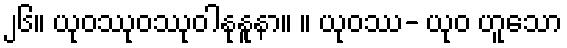
၂၆။ ယုဝဿုဝဿုဝါနုနူနာ။ ။ ယုဝဿ- ယုဝ ဟူသော